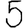
Digit: 5